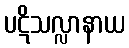
ပဋိသလ္လာနာယ